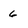
Character: 6